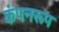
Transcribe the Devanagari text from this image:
कंपनरूप